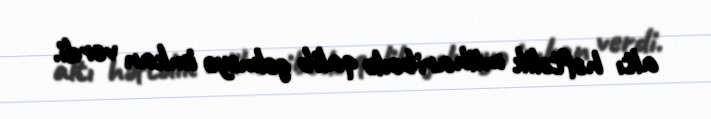
altı həftəlik müharibədə qalib gəlməyə imkan verdi.